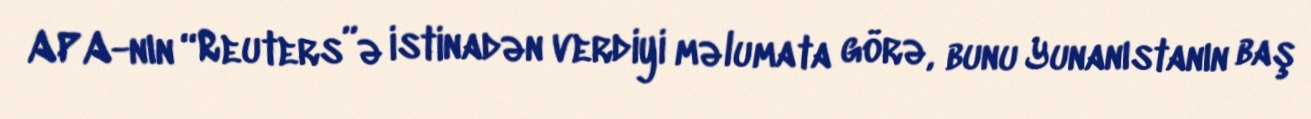
APA-nın “Reuters”ə istinadən verdiyi məlumata görə, bunu Yunanıstanın baş